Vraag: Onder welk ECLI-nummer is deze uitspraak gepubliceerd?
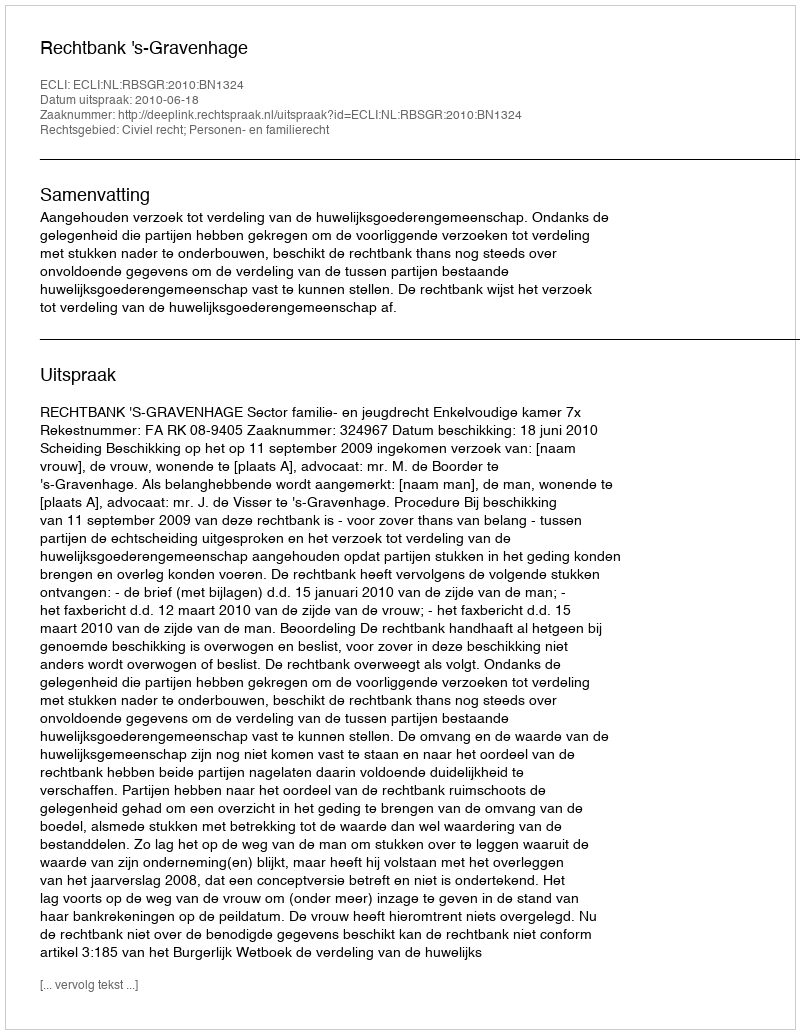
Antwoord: ECLI:NL:RBSGR:2010:BN1324